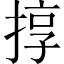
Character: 㨃